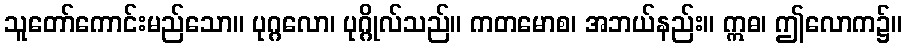
သူတော်ကောင်းမည်သော။ ပုဂ္ဂလော၊ ပုဂ္ဂိုလ်သည်။ ကတမောစ၊ အဘယ်နည်း။ ဣဓ၊ ဤလောက၌။